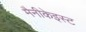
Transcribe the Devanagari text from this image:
मैनीकेइस्ट